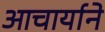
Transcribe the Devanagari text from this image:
आचार्याने